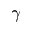
\gamma